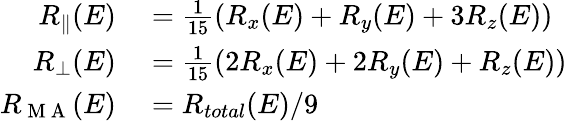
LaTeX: \begin{array}{rl}{R_{\parallel}(E)}&{{}=\frac{1}{15}(R_{x}(E)+R_{y}(E)+3R_{z}(E))}\\ {R_{{\perp}}(E)}&{{}=\frac{1}{15}(2R_{x}(E)+2R_{y}(E)+R_{z}(E))}\\ {R_{\mathrm{~M~A~}}(E)}&{{}=R_{total}(E)/9}\end{array}